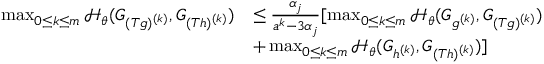
\begin{array} { r l } { \operatorname* { m a x } _ { 0 \le k \le m } \mathcal { H } _ { \theta } ( G _ { ( T g ) ^ { ( k ) } } , G _ { ( T h ) ^ { ( k ) } } ) } & { \le \frac { \alpha _ { j } } { a ^ { k } - 3 \alpha _ { j } } [ \operatorname* { m a x } _ { 0 \le k \le m } \mathcal { H } _ { \theta } ( G _ { g ^ { ( k ) } } , G _ { ( T g ) ^ { ( k ) } } ) } \\ & { + \operatorname* { m a x } _ { 0 \le k \le m } \mathcal { H } _ { \theta } ( G _ { h ^ { ( k ) } } , G _ { ( T h ) ^ { ( k ) } } ) ] } \end{array}